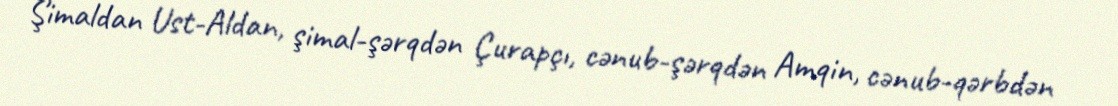
Şimaldan Ust-Aldan, şimal-şərqdən Çurapçı, cənub-şərqdən Amqin, cənub-qərbdən